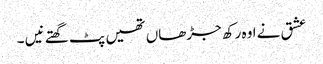
عشق نے اوہ رکھ جڑھاں تھیں پٹ گھتے نیں ۔